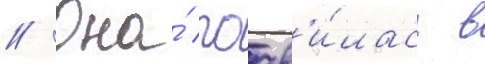
// Она́ поав'и́лась в